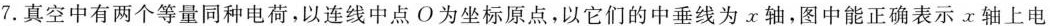
7.真空中有两个等量同种电荷，以连线中点O为坐标原点，以它们的中垂线为x轴，图中能正确表示x轴上电